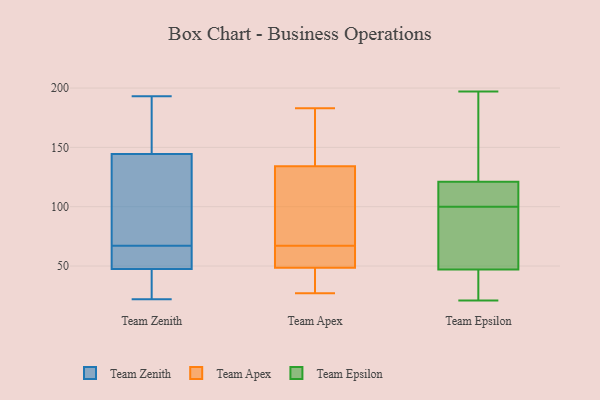
{"axis": {"x": "LTV (USD)", "y": "Value"}, "legend": ["Team Apex", "Team Epsilon", "Team Zenith"], "data": [{"x": "", "y": 39, "type": "Team Zenith"}, {"x": "", "y": 71, "type": "Team Zenith"}, {"x": "", "y": 193, "type": "Team Zenith"}, {"x": "", "y": 154, "type": "Team Zenith"}, {"x": "", "y": 56, "type": "Team Zenith"}, {"x": "", "y": 164, "type": "Team Zenith"}, {"x": "", "y": 56, "type": "Team Zenith"}, {"x": "", "y": 22, "type": "Team Zenith"}, {"x": "", "y": 63, "type": "Team Zenith"}, {"x": "", "y": 26, "type": "Team Zenith"}, {"x": "", "y": 73, "type": "Team Zenith"}, {"x": "", "y": 135, "type": "Team Zenith"}, {"x": "", "y": 64, "type": "Team Apex"}, {"x": "", "y": 147, "type": "Team Apex"}, {"x": "", "y": 127, "type": "Team Apex"}, {"x": "", "y": 41, "type": "Team Apex"}, {"x": "", "y": 183, "type": "Team Apex"}, {"x": "", "y": 70, "type": "Team Apex"}, {"x": "", "y": 56, "type": "Team Apex"}, {"x": "", "y": 81, "type": "Team Apex"}, {"x": "", "y": 27, "type": "Team Apex"}, {"x": "", "y": 59, "type": "Team Apex"}, {"x": "", "y": 33, "type": "Team Apex"}, {"x": "", "y": 141, "type": "Team Apex"}, {"x": "", "y": 42, "type": "Team Epsilon"}, {"x": "", "y": 105, "type": "Team Epsilon"}, {"x": "", "y": 41, "type": "Team Epsilon"}, {"x": "", "y": 93, "type": "Team Epsilon"}, {"x": "", "y": 106, "type": "Team Epsilon"}, {"x": "", "y": 21, "type": "Team Epsilon"}, {"x": "", "y": 105, "type": "Team Epsilon"}, {"x": "", "y": 121, "type": "Team Epsilon"}, {"x": "", "y": 40, "type": "Team Epsilon"}, {"x": "", "y": 173, "type": "Team Epsilon"}, {"x": "", "y": 47, "type": "Team Epsilon"}, {"x": "", "y": 197, "type": "Team Epsilon"}, {"x": "", "y": 75, "type": "Team Epsilon"}, {"x": "", "y": 121, "type": "Team Epsilon"}, {"x": "", "y": 137, "type": "Team Epsilon"}, {"x": "", "y": 112, "type": "Team Epsilon"}, {"x": "", "y": 81, "type": "Team Epsilon"}, {"x": "", "y": 95, "type": "Team Epsilon"}]}